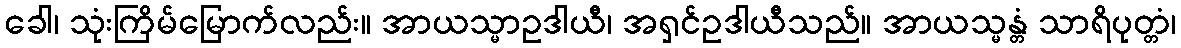
ခေါ၊ သုံးကြိမ်မြောက်လည်း။ အာယသ္မာဥဒါယီ၊ အရှင်ဥဒါယီသည်။ အာယသ္မန္တံ သာရိပုတ္တံ၊